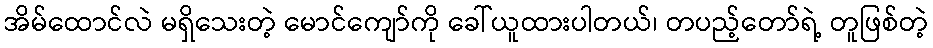
အိမ်ထောင်လဲ မရှိသေးတဲ့ မောင်ကျော်ကို ခေါ်ယူထားပါတယ်၊ တပည့်တော်ရဲ့ တူဖြစ်တဲ့